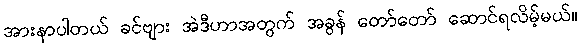
အားနာပါတယ် ခင်ဗျား အဲဒီဟာအတွက် အခွန် တော်တော် ဆောင်ရလိမ့်မယ်။